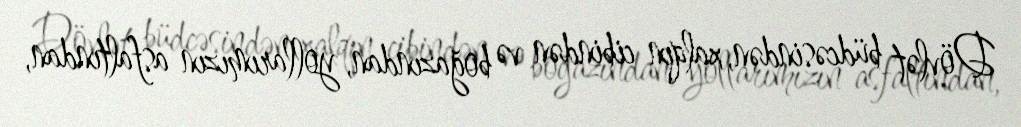
Dövlət büdcəsindən, xalqın cibindən və boğazından, yollarımızın asfaltından,